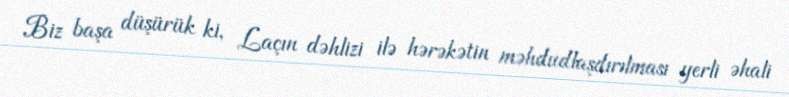
Biz başa düşürük ki, Laçın dəhlizi ilə hərəkətin məhdudlaşdırılması yerli əhali